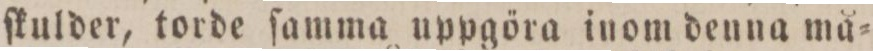
ſkulder, torde ſamma uppgöra inom denna må=